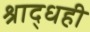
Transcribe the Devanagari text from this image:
श्राद्धही